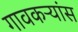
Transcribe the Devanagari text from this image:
गावकऱ्यांस